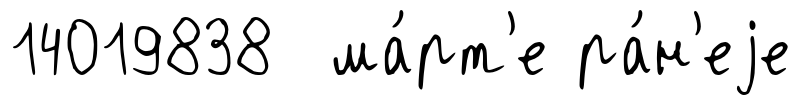
14019838 ма́рт'е ра́н'еjе